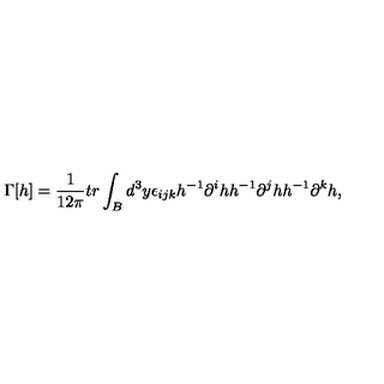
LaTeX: \Gamma [ h ] = \frac { 1 } { 1 2 \pi } t r \int _ { B } d ^ { 3 } y \epsilon _ { i j k } h ^ { - 1 } \partial ^ { i } h h ^ { - 1 } \partial ^ { j } h h ^ { - 1 } \partial ^ { k } h ,